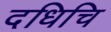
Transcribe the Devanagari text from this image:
दधिचि